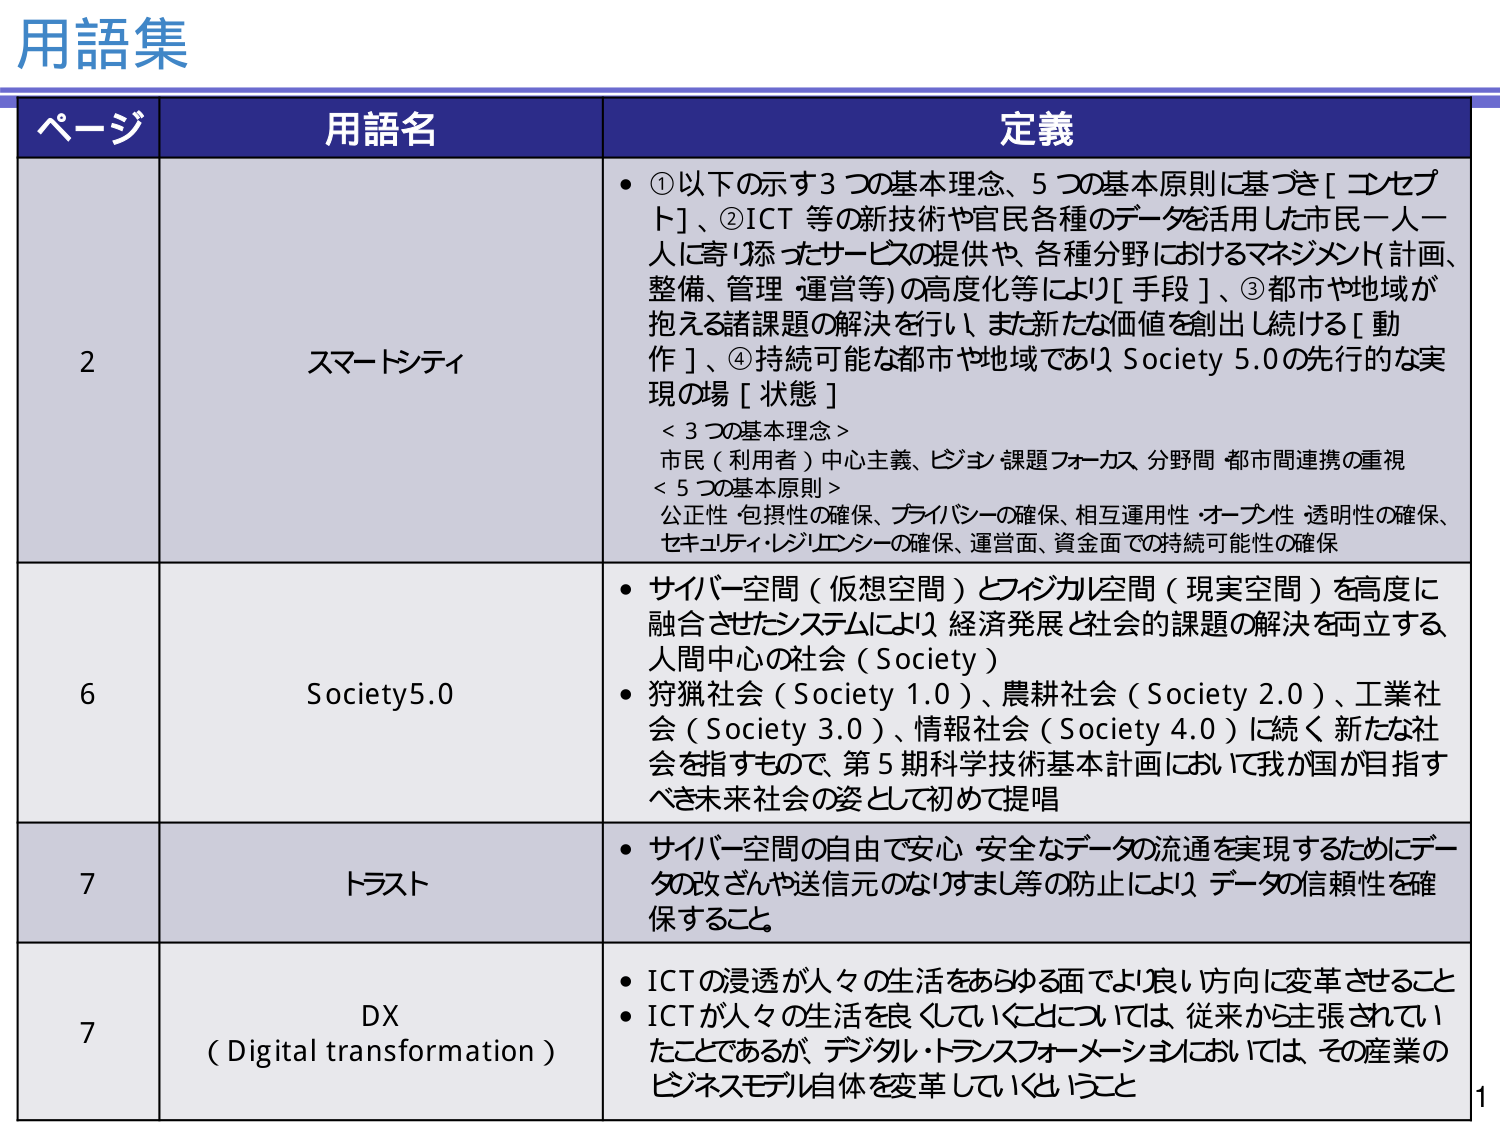
用語集

ページ 用語名 定義

2 スマートシティ
・①以下の示す3つの基本理念、5つの基本原則に基づき［コンセプト］、②ICT等の新技術や官民各種のデータを活用した市民一人一人に寄り添ったサービスの提供や、各種分野におけるマネジメント（計画、整備、管理・運営等）の高度化等により［手段］、③都市や地域が抱える諸課題の解決を行い、また新たな価値を創出し続ける［動作］、④持続可能な都市や地域でありSociety 5.0の先行的な実現の場［状態］
＜3つの基本理念＞
市民（利用者）中心主義、ビジョン・課題フォーカス、分野間・都市間連携の重視
＜5つの基本原則＞
公正性・包摂性の確保、プライバシーの確保、相互運用性・オープン性・透明性の確保、セキュリティ・レジリエンシーの確保、運営面・資金面での持続可能性の確保

6 Society5.0
・サイバー空間（仮想空間）とフィジカル空間（現実空間）を高度に融合させたシステムにより、経済発展と社会的課題の解決を両立する、人間中心の社会（Society）
・狩猟社会（Society 1.0）、農耕社会（Society 2.0）、工業社会（Society 3.0）、情報社会（Society 4.0）に続く新たな社会を指すもので、第5期科学技術基本計画において我が国が目指すべき未来社会の姿として初めて提唱

7 トラスト
・サイバー空間の自由で安心・安全なデータの流通を実現するためにデータの改ざんや送信元のなりすまし等の防止により、データの信頼性を確保すること

7 DX
（Digital transformation）
・ICTの浸透が人々の生活をあらゆる面でより良い方向に変革させること
・ICTが人々の生活を良くしていくことについては、従来から主張されていたことであるが、デジタル・トランスフォーメーションにおいては、その産業のビジネスモデル自体を変革していくこと

1